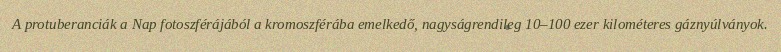
A protuberanciák a Nap fotoszférájából a kromoszférába emelkedő, nagyságrendileg 10–100 ezer kilométeres gáznyúlványok.